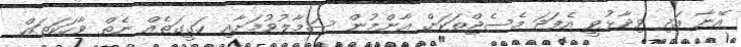
އޭނާ އަދި ވިދާޅުވީ އެފަދަ މެސެޖްތަކަށް އާންމުން ސަމާލުވުމަށާއި ހަގީގަތެއް ނެތް ވާހަކަތައް